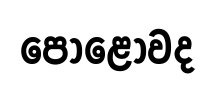
පොළොවද